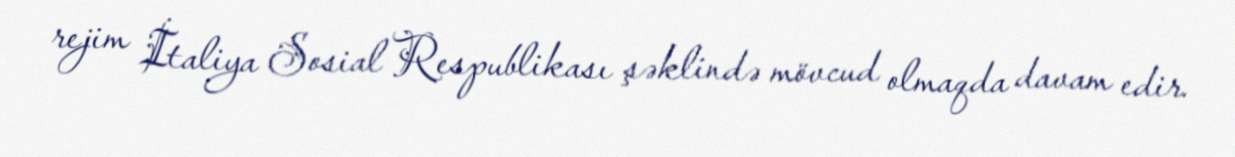
rejim İtaliya Sosial Respublikası şəklində mövcud olmaqda davam edir.